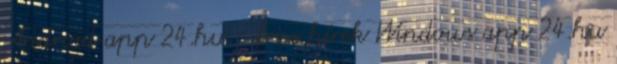
Android app 24.hu - friss hírek Windows app 24.hu